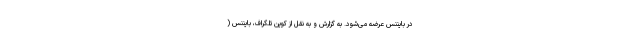
در بایننس عرضه می‌شود. به گزارش و به نقل از کوین تلگراف، بایننس (